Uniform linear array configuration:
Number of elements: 48
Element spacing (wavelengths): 0.75
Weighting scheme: exponential
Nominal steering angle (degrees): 15
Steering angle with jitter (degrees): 15.83
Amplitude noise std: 0.05
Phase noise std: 0.05

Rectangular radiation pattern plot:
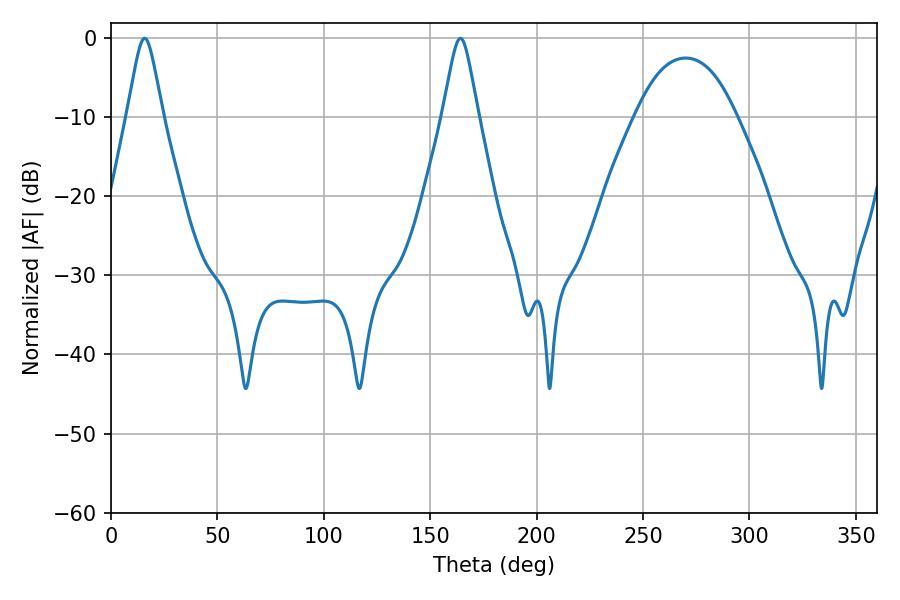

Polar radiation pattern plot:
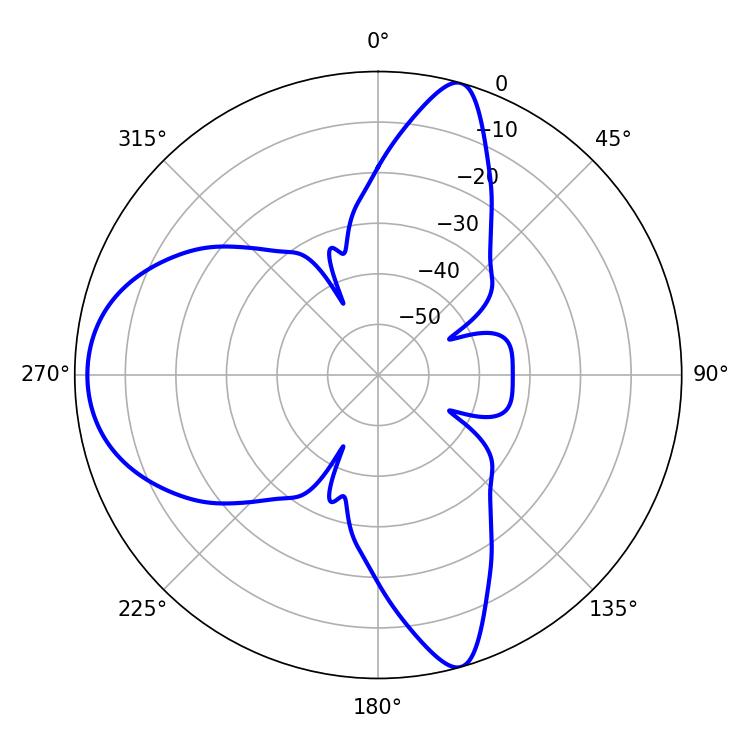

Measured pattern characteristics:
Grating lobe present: TRUE
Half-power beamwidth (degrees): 7.92
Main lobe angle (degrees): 15.84